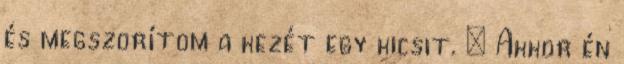
és megszorítom a kezét egy kicsit. – Akkor én